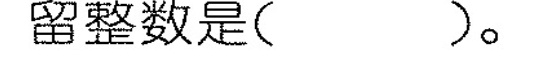
留整数是( )